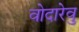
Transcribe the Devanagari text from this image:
वोदारेवु